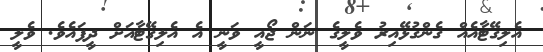
އެލިގޭޓާއެއް ގެންގުޅޭއިރު ވެލީގެ ނަން ޖޯއީ ވަނީ އެ އެލިގޭޓާއަށް ދީފައެވެ. ވެލީ